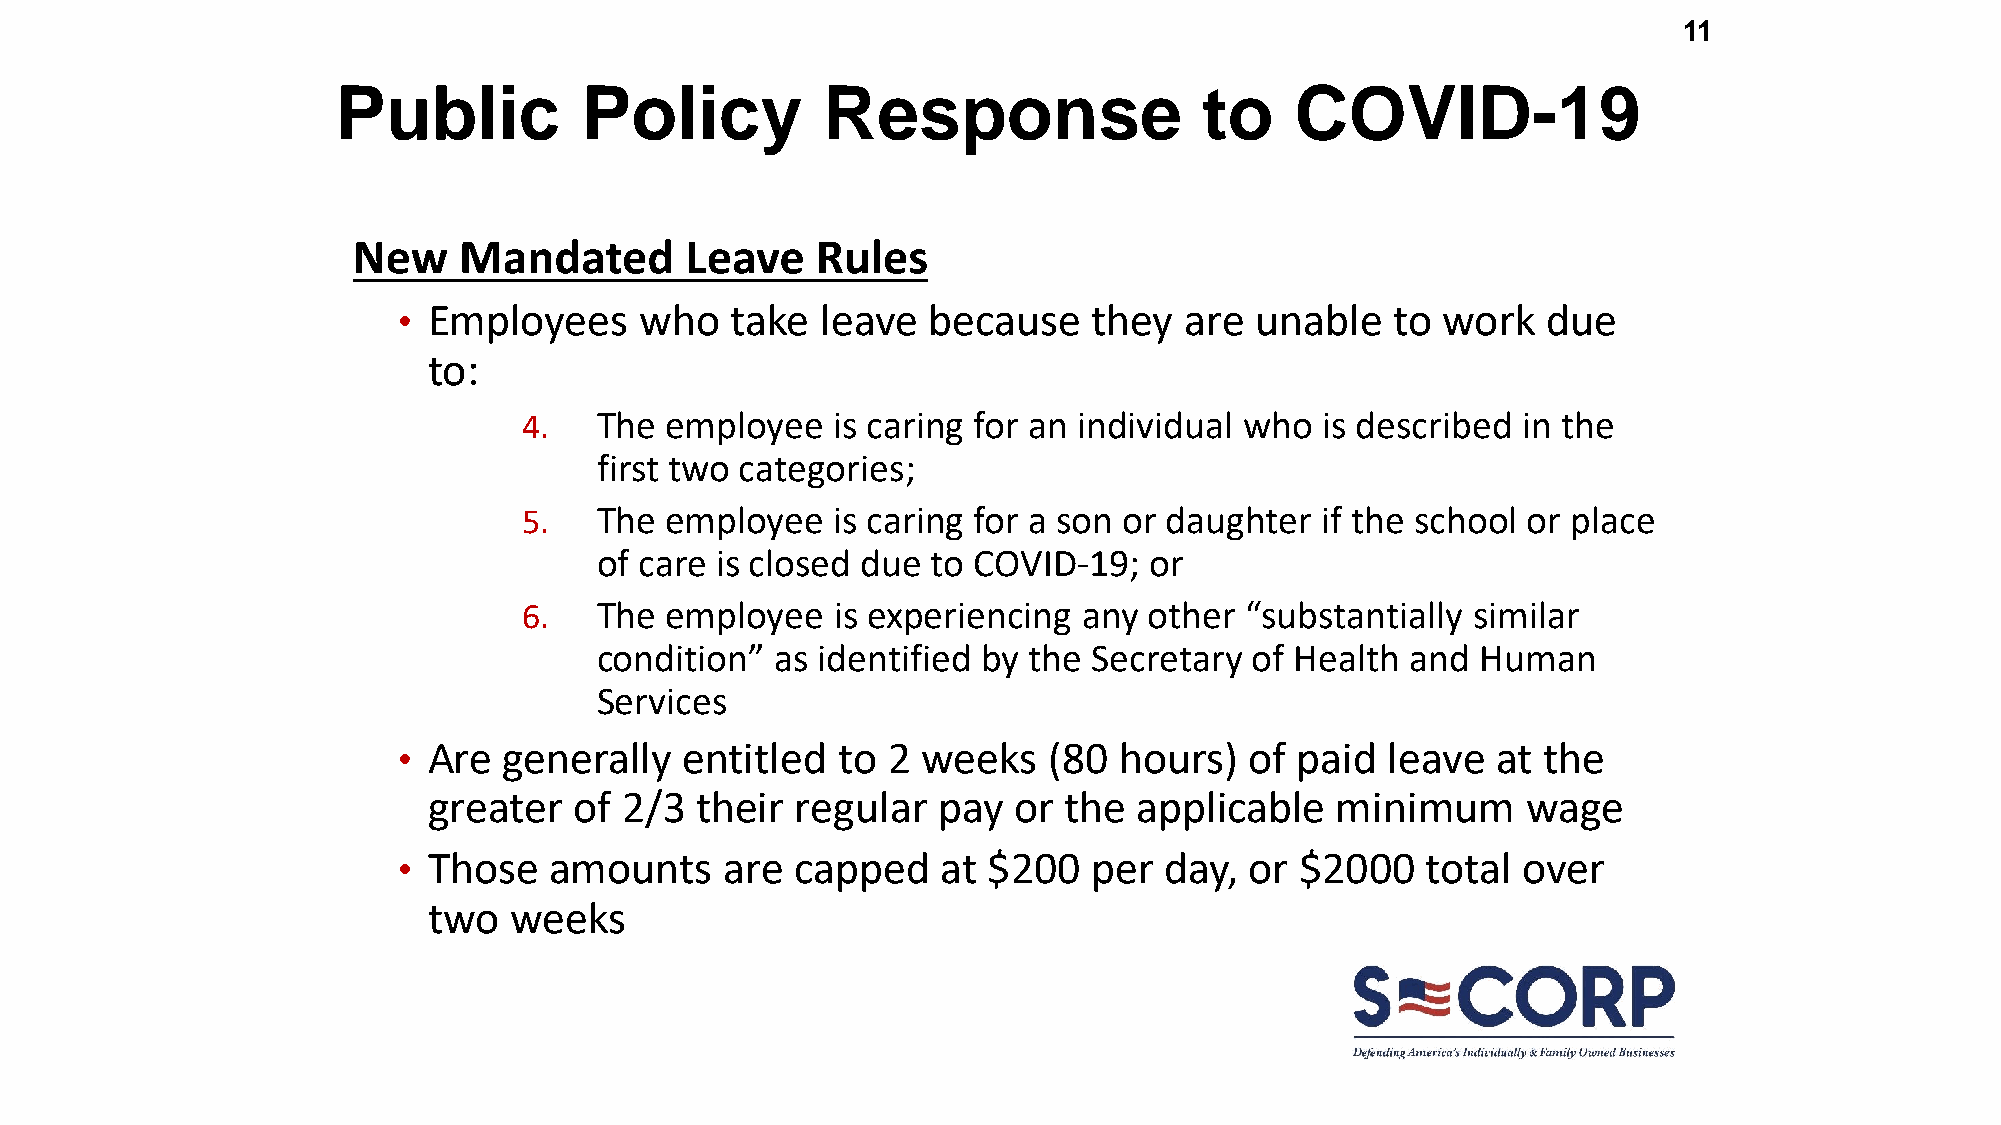
11
 Public          Policy          Response                  to    COVID-19
 New    Mandated       Leave    Rules
 • Employees     who   take  leave  because    they  are  unable   to work   due
 to:
 4.  The  employee   is caring for an individual who  is described in the
 first two categories;
 5.  The  employee   is caring for a son or daughter if the school or place
 of care is closed due  to COVID-19;  or
 6.  The  employee   is experiencing  any other “substantially similar
 condition”  as identified by the Secretary  of Health and  Human
 Services
 • Are  generally   entitled  to  2 weeks   (80  hours)   of paid  leave  at the
 greater   of 2/3  their  regular  pay  or the  applicable   minimum      wage
 • Those   amounts     are  capped   at $200   per  day,  or $2000   total  over
 two   weeks